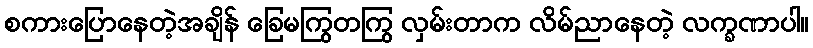
စကားပြောနေတဲ့အချိန် ခြေမကြွတကြွ လှမ်းတာက လိမ်ညာနေတဲ့ လက္ခဏာပါ။